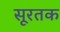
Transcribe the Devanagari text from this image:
सूरतक